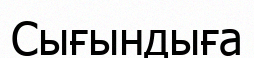
Сығындыға